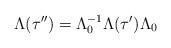
LaTeX: \begin{align*}\Lambda (\tau ^{\prime \prime })=\Lambda_0^{-1}\Lambda (\tau ^{\prime })\Lambda _0\end{align*}